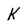
Character: k